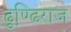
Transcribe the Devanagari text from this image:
ढुण्ढि़राज